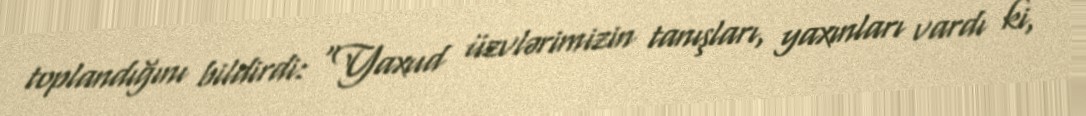
toplandığını bildirdi: “Yaxud üzvlərimizin tanışları, yaxınları vardı ki,